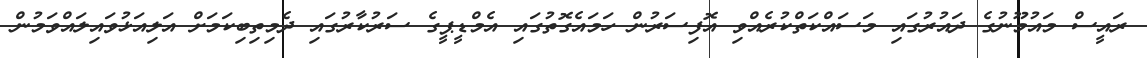
ރައީސް މައުމޫނުގެ ދައުރުގައި މަސައްކަތްކުރެއްވި އޮފިސަރުން ހަމައެގޮތުގައި އެމްޑީޕީގެ ސަރުކާރުގައި ދެމިތިބިކަމަށް އަލިއަޅުވައިލައްވަމުން